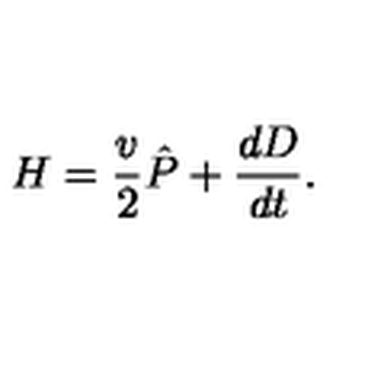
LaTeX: H = { \frac { v } { 2 } } \hat { P } + { \frac { d D } { d t } } .